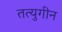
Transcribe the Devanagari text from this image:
तत्युगीन